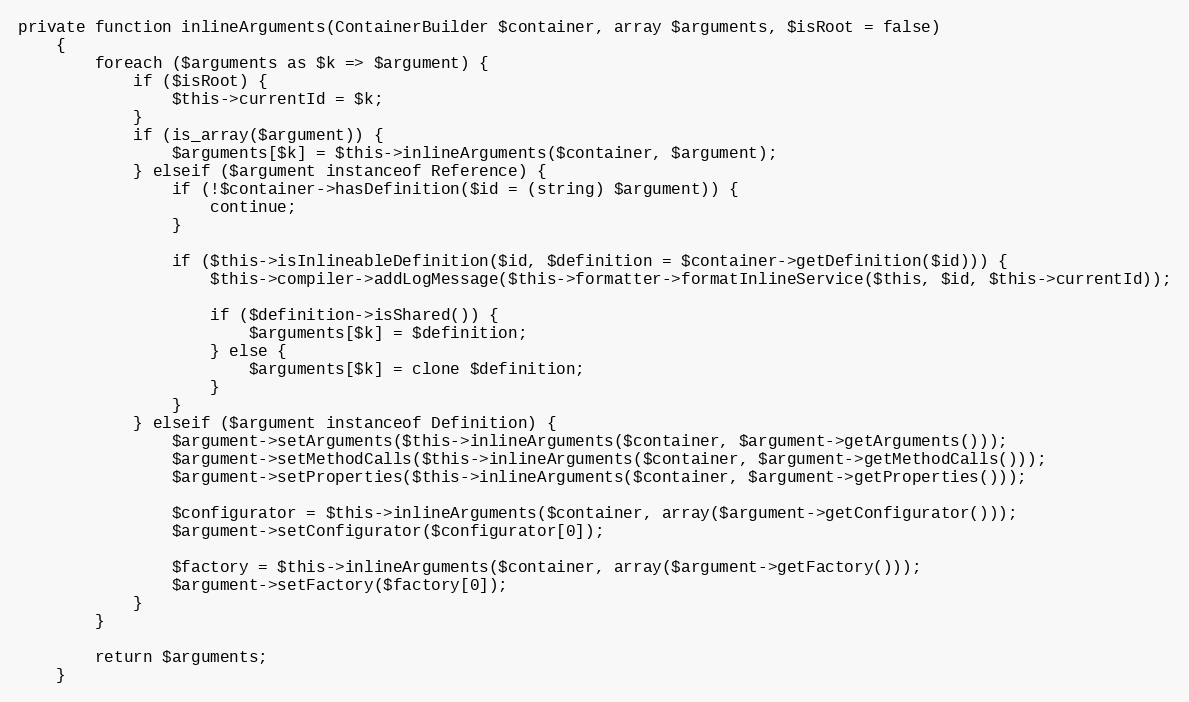
Language: PHP
private function inlineArguments(ContainerBuilder $container, array $arguments, $isRoot = false)
    {
        foreach ($arguments as $k => $argument) {
            if ($isRoot) {
                $this->currentId = $k;
            }
            if (is_array($argument)) {
                $arguments[$k] = $this->inlineArguments($container, $argument);
            } elseif ($argument instanceof Reference) {
                if (!$container->hasDefinition($id = (string) $argument)) {
                    continue;
                }

                if ($this->isInlineableDefinition($id, $definition = $container->getDefinition($id))) {
                    $this->compiler->addLogMessage($this->formatter->formatInlineService($this, $id, $this->currentId));

                    if ($definition->isShared()) {
                        $arguments[$k] = $definition;
                    } else {
                        $arguments[$k] = clone $definition;
                    }
                }
            } elseif ($argument instanceof Definition) {
                $argument->setArguments($this->inlineArguments($container, $argument->getArguments()));
                $argument->setMethodCalls($this->inlineArguments($container, $argument->getMethodCalls()));
                $argument->setProperties($this->inlineArguments($container, $argument->getProperties()));

                $configurator = $this->inlineArguments($container, array($argument->getConfigurator()));
                $argument->setConfigurator($configurator[0]);

                $factory = $this->inlineArguments($container, array($argument->getFactory()));
                $argument->setFactory($factory[0]);
            }
        }

        return $arguments;
    }